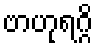
ဗာဟုရဂ္ဂိ